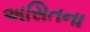
અસિતના